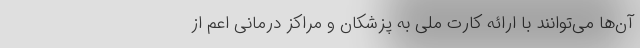
آن‌ها می‌توانند با ارائه کارت ملی به پزشکان و مراکز درمانی اعم از